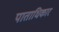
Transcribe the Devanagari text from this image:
पाताधिकार